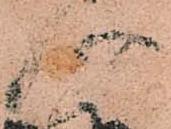
頭